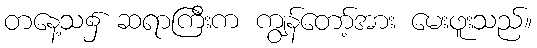
တနေ့သ၌ ဆရာကြီးက ကျွန်တော့်အား မေးဖူးသည်။